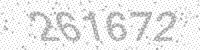
Solution: 261672